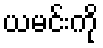
ယမင်းကို